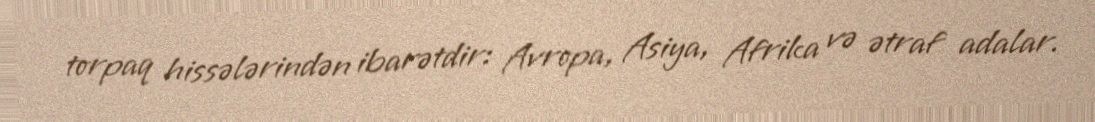
torpaq hissələrindən ibarətdir: Avropa, Asiya, Afrika və ətraf adalar.